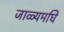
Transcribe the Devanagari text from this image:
जाळ्यमघि